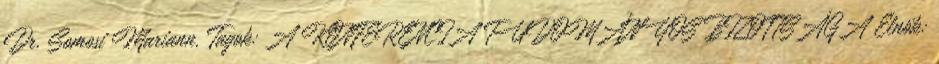
Dr. Somosi Mariann. Tagok: A KONFERENCIA TUDOMÁNYOS BIZOTTSÁGA Elnök: